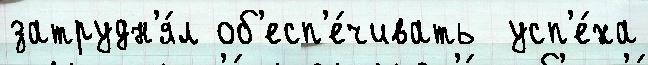
затрудн'я́л об'есп'е́чивать  усп'е́ха